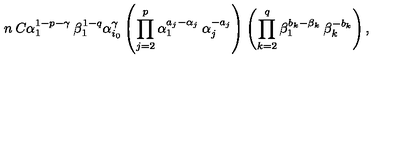
n \: C \alpha _ { 1 } ^ { 1 - p - \gamma } \: \beta _ { 1 } ^ { 1 - q } \alpha _ { i _ { 0 } } ^ { \gamma } \left( \prod _ { j = 2 } ^ { p } \alpha _ { 1 } ^ { a _ { j } - \alpha _ { j } } \: \alpha _ { j } ^ { - a _ { j } } \right) \left( \prod _ { k = 2 } ^ { q } \beta _ { 1 } ^ { b _ { k } - \beta _ { k } } \: \beta _ { k } ^ { - b _ { k } } \right) ,